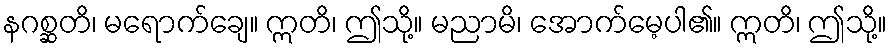
နဂစ္ဆတိ၊ မရောက်ချေ။ ဣတိ၊ ဤသို့။ မညာမိ၊ အောက်မေ့ပါ၏။ ဣတိ၊ ဤသို့။